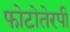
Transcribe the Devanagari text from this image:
फोटोतेरपी